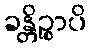
ခန္တိဉ္စာပိ